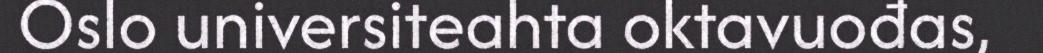
Oslo universiteahta oktavuođas,